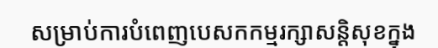
សម្រាប់ការបំពេញបេសកកម្មរក្សាសន្តិសុខក្នុង